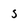
Character: 5